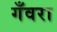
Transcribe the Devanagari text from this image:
गँवरा